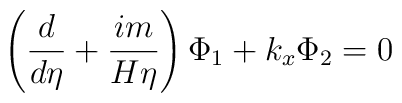
\left( \frac d{d\eta }+\frac{im}{H\eta }\right) \Phi _1+k_x\Phi_2=0